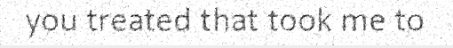
you treated that took me to